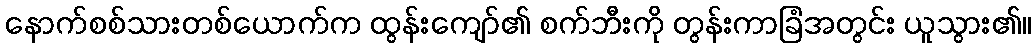
နောက်စစ်သားတစ်ယောက်က ထွန်းကျော်၏ စက်ဘီးကို တွန်းကာခြံအတွင်း ယူသွား၏။